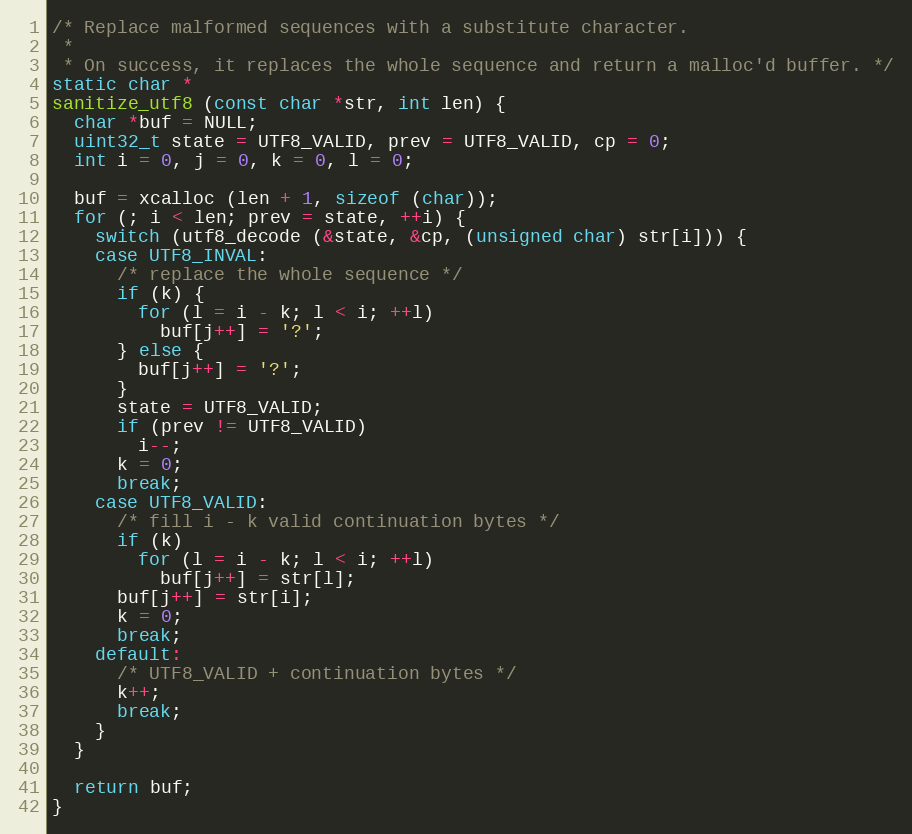
Language: C
/* Replace malformed sequences with a substitute character.
 *
 * On success, it replaces the whole sequence and return a malloc'd buffer. */
static char *
sanitize_utf8 (const char *str, int len) {
  char *buf = NULL;
  uint32_t state = UTF8_VALID, prev = UTF8_VALID, cp = 0;
  int i = 0, j = 0, k = 0, l = 0;

  buf = xcalloc (len + 1, sizeof (char));
  for (; i < len; prev = state, ++i) {
    switch (utf8_decode (&state, &cp, (unsigned char) str[i])) {
    case UTF8_INVAL:
      /* replace the whole sequence */
      if (k) {
        for (l = i - k; l < i; ++l)
          buf[j++] = '?';
      } else {
        buf[j++] = '?';
      }
      state = UTF8_VALID;
      if (prev != UTF8_VALID)
        i--;
      k = 0;
      break;
    case UTF8_VALID:
      /* fill i - k valid continuation bytes */
      if (k)
        for (l = i - k; l < i; ++l)
          buf[j++] = str[l];
      buf[j++] = str[i];
      k = 0;
      break;
    default:
      /* UTF8_VALID + continuation bytes */
      k++;
      break;
    }
  }

  return buf;
}